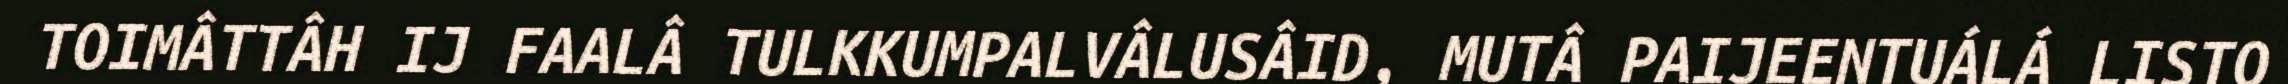
TOIMÂTTÂH IJ FAALÂ TULKKUMPALVÂLUSÂID, MUTÂ PAIJEENTUÁLÁ LISTO